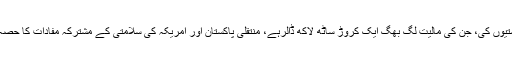
اِن کشتیوں کی، جن کی مالیت لگ بھگ ایک کروڑ ساٹھ لاکھ ڈالرہے، منتقلی پاکستان اور امریکہ کی سلامتی کے مشترکہ مفادات کا حصہ ہے۔